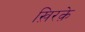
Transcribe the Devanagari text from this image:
ख़िरक़े